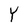
Character: Y